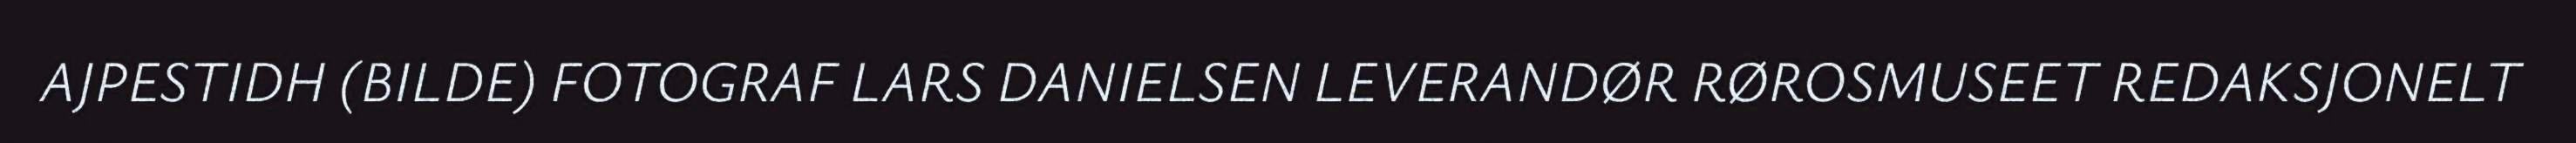
AJPESTIDH (BILDE) FOTOGRAF LARS DANIELSEN LEVERANDØR RØROSMUSEET REDAKSJONELT